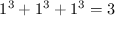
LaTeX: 1 ^ { 3 } + 1 ^ { 3 } + 1 ^ { 3 } = 3